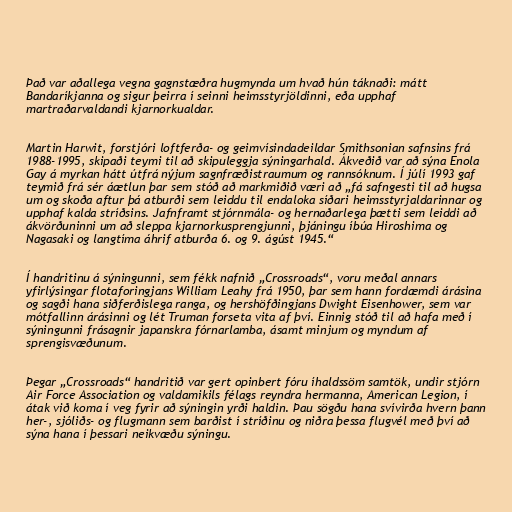
Það var aðallega vegna gagnstæðra hugmynda um hvað hún táknaði: mátt
Bandaríkjanna og sigur þeirra í seinni heimsstyrjöldinni, eða upphaf
martraðarvaldandi kjarnorkualdar.

Martin Harwit, forstjóri loftferða- og geimvísindadeildar Smithsonian safnsins frá
1988-1995, skipaði teymi til að skipuleggja sýningarhald. Ákveðið var að sýna Enola
Gay á myrkan hátt útfrá nýjum sagnfræðistraumum og rannsóknum. Í júlí 1993 gaf
teymið frá sér áætlun þar sem stóð að markmiðið væri að „fá safngesti til að hugsa
um og skoða aftur þá atburði sem leiddu til endaloka síðari heimsstyrjaldarinnar og
upphaf kalda stríðsins. Jafnframt stjórnmála- og hernaðarlega þætti sem leiddi að
ákvörðuninni um að sleppa kjarnorkusprengjunni, þjáningu íbúa Hiroshima og
Nagasaki og langtíma áhrif atburða 6. og 9. ágúst 1945.“

Í handritinu á sýningunni, sem fékk nafnið „Crossroads“, voru meðal annars
yfirlýsingar flotaforingjans William Leahy frá 1950, þar sem hann fordæmdi árásina
og sagði hana siðferðislega ranga, og hershöfðingjans Dwight Eisenhower, sem var
mótfallinn árásinni og lét Truman forseta vita af því. Einnig stóð til að hafa með í
sýningunni frásagnir japanskra fórnarlamba, ásamt minjum og myndum af
sprengisvæðunum.

Þegar „Crossroads“ handritið var gert opinbert fóru íhaldssöm samtök, undir stjórn
Air Force Association og valdamikils félags reyndra hermanna, American Legion, í
átak við koma í veg fyrir að sýningin yrði haldin. Þau sögðu hana svívirða hvern þann
her-, sjóliðs- og flugmann sem barðist í stríðinu og niðra þessa flugvél með því að
sýna hana í þessari neikvæðu sýningu.